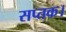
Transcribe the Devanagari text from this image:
सप्तक।